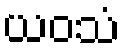
ယဝသံ